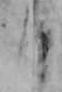
日